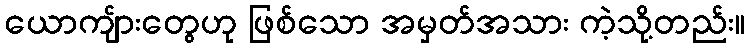
ယောကျ်ားတွေဟု ဖြစ်သော အမှတ်အသား ကဲ့သို့တည်း။